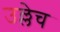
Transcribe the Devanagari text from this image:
उल्लेच